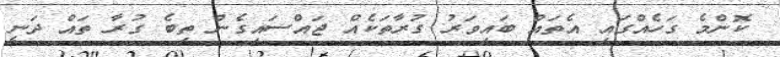
ކޮންމެ ގަހެއްގައި އެތައް ބައިވަރު ގުރާތަކެއް ޖައްސައިގެން ތިބެ ގުރާ ތައް ދަނީ